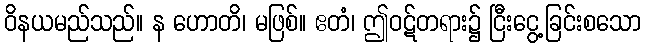
ဝိနယမည်သည်။ န ဟောတိ၊ မဖြစ်။ ဧတံ၊ ဤဝဋ်တရား၌ ငြီးငွေ့ခြင်းစသော